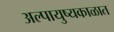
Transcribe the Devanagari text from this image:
अल्पायुष्यकाळात